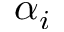
\alpha _ { i }